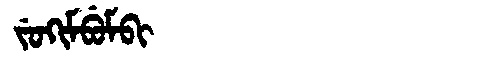
Manchu: ᠵᡠᡴᡳᠮᠪᡠᠮᠪᡳ
Romanization: JUKIMBUMBI